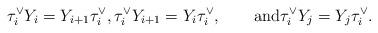
LaTeX: \begin{align*}\tau^\vee_i Y_i = Y_{i+1}\tau^\vee_i,\tau_i^\vee Y_{i+1} = Y_i \tau^\vee_i, \qquad\hbox{and}\tau^\vee_i Y_j = Y_j \tau^\vee_i.\end{align*}